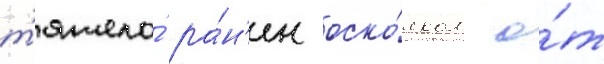
т'яжело́ ра́н'ен оско́лком о́т